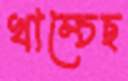
খাম্‌চেছ